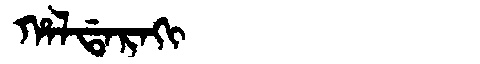
Manchu: ᡥᠠᠯᡩᠠᡵᠠᡴᡳ
Romanization: HALDARAKI